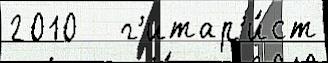
2010   г'итар'и́ст